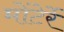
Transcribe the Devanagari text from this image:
मोंटेर्रे